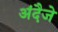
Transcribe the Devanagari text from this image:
अंदैजे